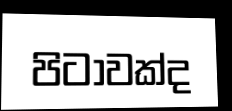
පිටාවක්ද